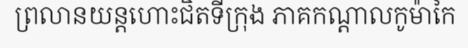
ព្រលានយន្តហោះជិតទីក្រុង ភាគកណ្តាលកូម៉ាកៃ